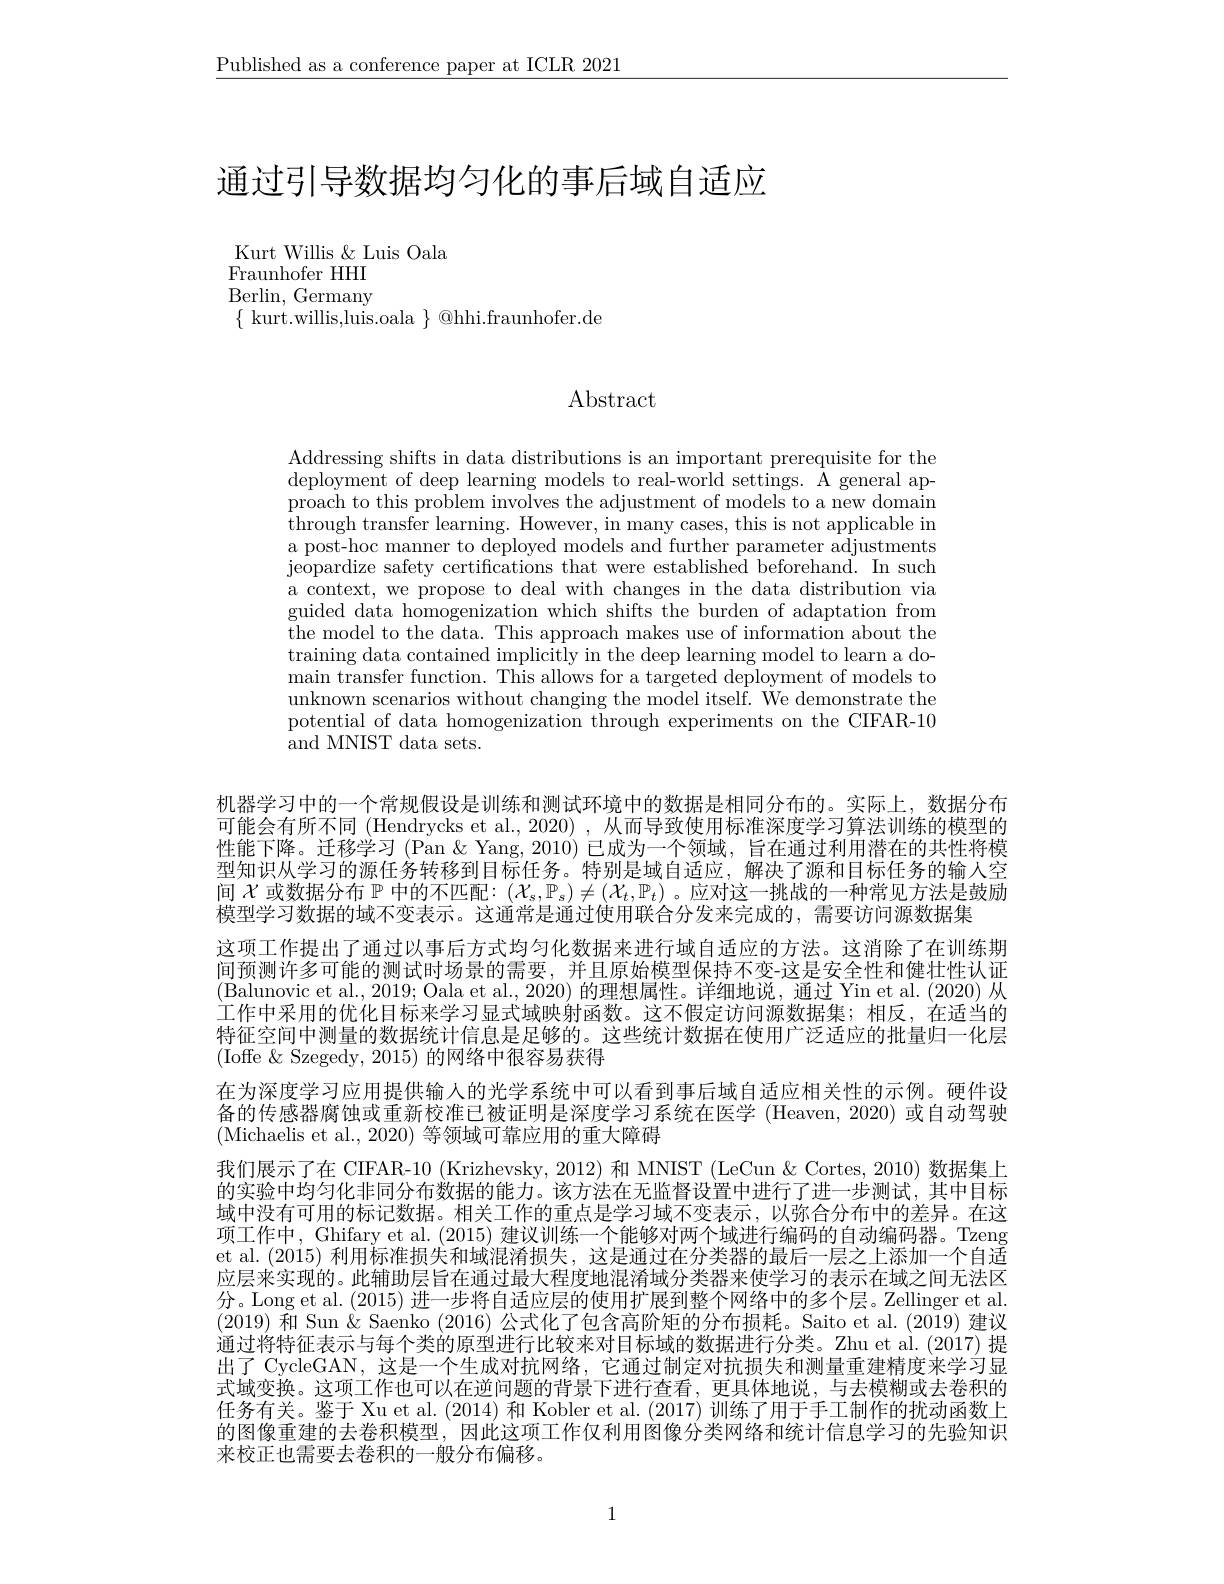
$\underline{\text{Published as a conference paper at ICLR 2021}}$

# 通过引导数据均匀化的事后域自适应

Kurt Willis & Luis Oala
Fraunhofer HHI $\mathop{\mathrm{Berlin,~Germany}}$ $\{$ kurt.willis,luis.oala $\}$ @hhi.fraunhofer.de

# Abstract

Addressing shifts in data distributions is an important prerequisite for the deployment of deep learning models to real-world settings. A general approach to this problem involves the adjustment of models to a new domain through transfer learning. However, in many cases, this is not applicable in a post-hoc manner to deployed models and further parameter adjustments $\dot{\text{jeopardize safety certifications that were established beforehand.}}$In$\mathop{\text{such}}$ a context, we propose to deal with changes in the data distribution via guided data homogenization which shifts the burden of adaptation from $\bar{\text{the model to the data. This approach makes use of information about the}}$ training data contained implicitly in the deep learning model to learn a do- $\begin{array}{cc}\mathrm{main~transfer~function.~This~allows~for~a~targeted~deployment~of~models~to}\end{array}$ unknown scenarios without changing the model itself. We demonstrate the potential of data homogenization through experiments on the CIFAR-10 ${\mathrm{and~MNIST~data~sets.}}$

机器学习中的一个常规假设是训练和测试环境中的数据是相同分布的。实际上，数据分布可能会有所不同 (Hendrycks et al., 2020) , 从而导致使用标准深度学习算法训练的模型的性能下降。迁移学习 (Pan $\&$ Yang, 2010) 已成为一个领域，旨在通过利用潜在的共性将模型知识从学习的源任务转移到目标任务。特别是域自适应，解决了源和目标任务的输入空间$\mathcal{X}$或数据分布$\mathbb{P}$中的不匹配：$(\mathcal{X}_s,\mathbb{P}_s)\neq(\mathcal{X}_t,\mathbb{P}_t)$ 。应对这一挑战的一种常见方法是鼓励模型学习数据的域不变表示。这通常是通过使用联合分发来完成的，需要访问源数据集
这项工作提出了通过以事后方式均匀化数据来进行域自适应的方法。这消除了在训练期间预测许多可能的测试时场景的需要，并且原始模型保持不变-这是安全性和健壮性认证(Balunovic et al., 2019; Oala et al., 2020) 的理想属性。详细地说，通过 Yin et al. (2020) 从工作中采用的优化目标来学习显式域映射函数。这不假定访问源数据集；相反，在适当的特征空间中测量的数据统计信息是足够的。这些统计数据在使用广泛适应的批量归一化层(Ioffe $\&$ Szegedy, 2015) 的网络中很容易获得
在为深度学习应用提供输入的光学系统中可以看到事后域自适应相关性的示例。硬件设备的传感器腐蚀或重新校准已被证明是深度学习系统在医学 (Heaven,2020) 或自动驾驶(Michaelis et al., 2020) 等领域可靠应用的重大障碍
我们展示了在 CIFAR-10 (Krizhevsky, 2012) 和 MNIST (LeCun & Cortes, 2010) 数据集上的实验中均匀化非同分布数据的能力。该方法在无监督设置中进行了进一步测试，其中目标域中没有可用的标记数据。相关工作的重点是学习域不变表示，以弥合分布中的差异。在这项工作中，Ghifary et al. (2015) 建议训练一个能够对两个域进行编码的自动编码器。Tzeng et al. (2015) 利用标准损失和域混淆损失，这是通过在分类器的最后一层之上添加一个自适应层来实现的。此辅助层旨在通过最大程度地混淆域分类器来使学习的表示在域之间无法区分。Long et al. (2015)进一步将自适应层的使用扩展到整个网络中的多个层。Zellinger et al (2019)和 Sun & Saenko (2016) 公式化了包含高阶矩的分布损耗。Saito et al.(2019) 建议通过将特征表示与每个类的原型进行比较来对目标域的数据进行分类。Zhu et al.(2017) 提出了 CycleGAN, 这是一个生成对抗网络，它通过制定对抗损失和测量重建精度来学习显式域变换。这项工作也可以在逆问题的背景下进行查看，更具体地说，与去模糊或去卷积的任务有关。鉴于 Xu et al. (2014) 和 Kobler et al. (2017) 训练了用于手工制作的扰动函数上的图像重建的去卷积模型，因此这项工作仅利用图像分类网络和统计信息学习的先验知识来校正也需要去卷积的一般分布偏移。

1